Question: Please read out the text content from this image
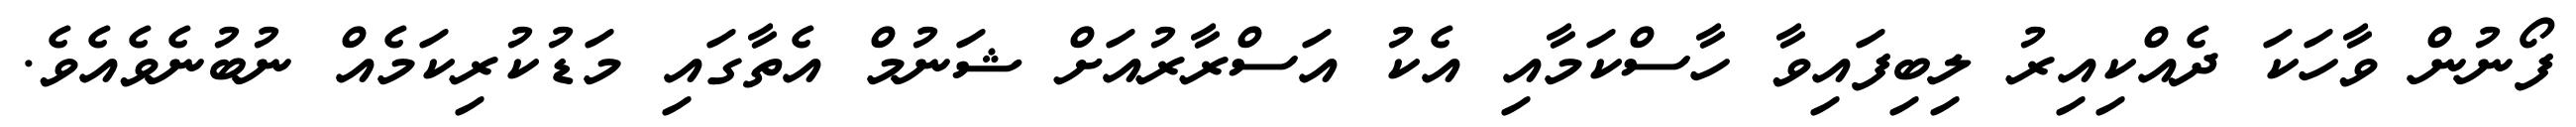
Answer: ފޯނުން ވާހަކަ ދެއްކިއިރު ލިބިފައިވާ ހާސްކަމާއި އެކު އަސްރާރުއަށް ޝަނުމް އެތާގައި މަޑުކުރިކަމެއް ނުބުނެވެއެވެ.